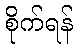
စိုက်ရန်